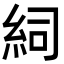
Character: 𥿆